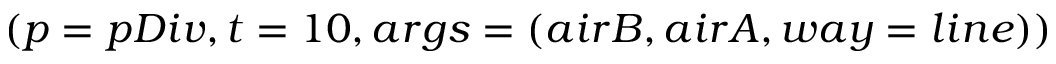
( p = p D i v , t = 1 0 , a r g s = ( a i r B , a i r A , w a y = l i n e ) )